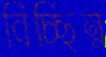
বিচ্ছিন্ন